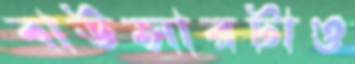
বাউন্সারটাও